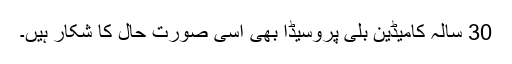
30 سالہ کامیڈین بلی پروسیڈا بھی اسی صورت حال کا شکار ہیں۔